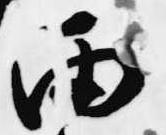
雨